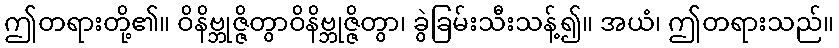
ဤတရားတို့၏။ ဝိနိဗ္ဘုဇ္ဇိတွာဝိနိဗ္ဘုဇ္ဇိတွာ၊ ခွဲခြမ်းသီးသန့်၍။ အယံ၊ ဤတရားသည်။